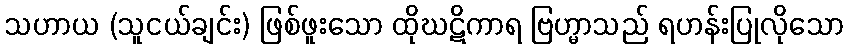
သဟာယ (သူငယ်ချင်း) ဖြစ်ဖူးသော ထိုဃဋိကာရ ဗြဟ္မာသည် ရဟန်းပြုလိုသော